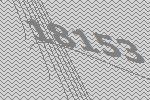
18153